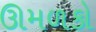
ઊમળકો